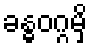
ခန္ဓဝဂ္ဂမှိ